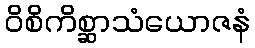
ဝိစိကိစ္ဆာသံယောဇနံ